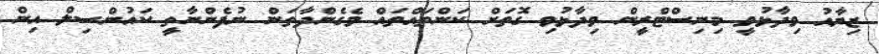
ޒިޔާއު ވިދާޅުވީ މިނިސްޓްރީން ވިދާޅުވި ގޮތަށް ކަންތައްތައް ވެގެންދާތަން ނުފެންނާތީ ކައުންސިލް އިން